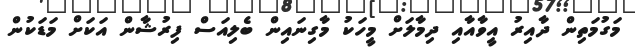
މަގުމަތިން ދާއިރު އީވާއާއި ދިމާލަށް މީހަކު މާގިނައިން ބެލިއަސް ފިރުޝާން އަކަށް މަޑަކުން